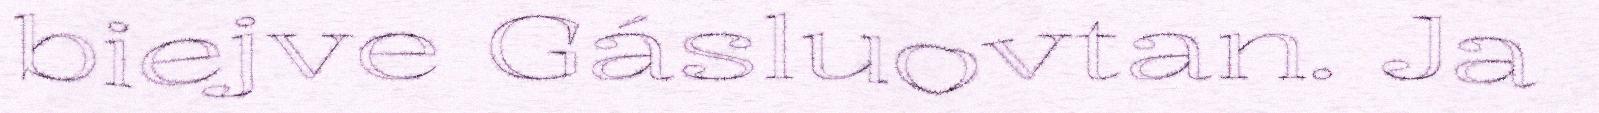
biejve Gásluovtan. Ja